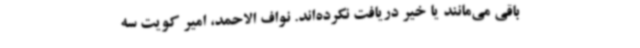
باقی می‌مانند یا خیر دریافت نکرده‌اند. نواف الاحمد، امیر کویت سه‌